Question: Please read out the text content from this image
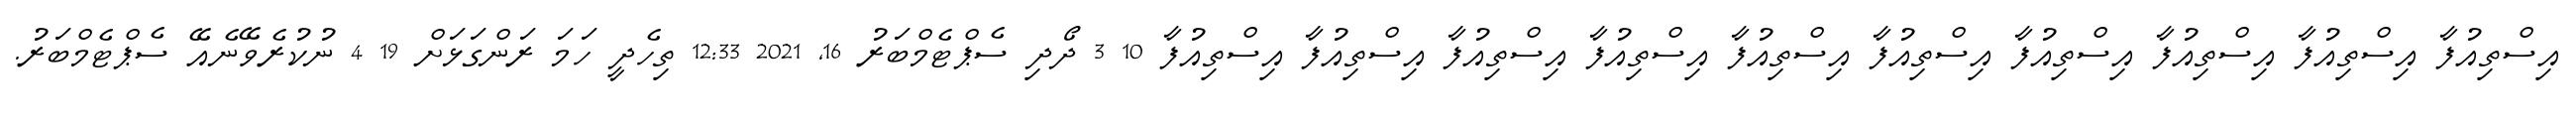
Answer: އިސްތިއުފާ އިސްތިއުފާ އިސްތިއުފާ އިސްތިއުފާ އިސްތިއުފާ އިސްތިއުފާ އިސްތިއުފާ އިސްތިއުފާ އިސްތިއުފާ އިސްތިއުފާ 10 3 ދޯދި ސެޕްޓެމްބަރު 16, 2021 12:33 ތިހެދީ ހަމަ ރަންގަޅަށް 19 4 ނުކުރެވޭނެއޭ ސެޕްޓެމްބަރު.